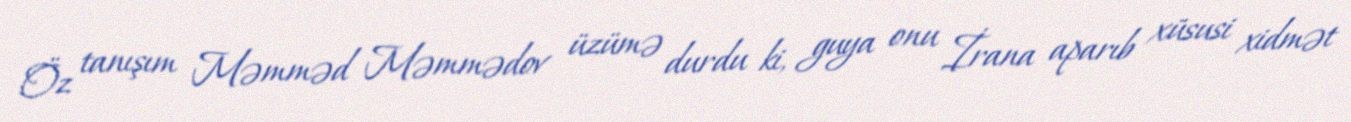
Öz tanışım Məmməd Məmmədov üzümə durdu ki, guya onu İrana aparıb xüsusi xidmət